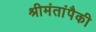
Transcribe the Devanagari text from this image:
श्रीमंतांपैकी